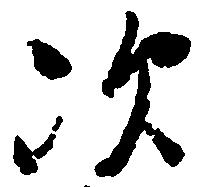
次